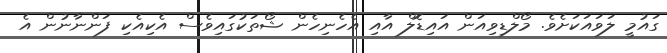
ގައުމީ ލަވައަކަށެވެ. މޯލްޑިވިއަން އައިޑޮލް އާއި އެހެނިހެން ޝޯތަކުގައިވެސް އެކިއެކި ފަންނާނުން އެ